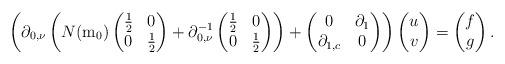
LaTeX: \begin{align*}\left(\partial_{0,\nu}\left(N(\mathrm{m}_{0})\begin{pmatrix}\frac{1}{2} & 0\\0 & \frac{1}{2}\end{pmatrix}+\partial_{0,\nu}^{-1}\begin{pmatrix}\frac{1}{2} & 0\\0 & \frac{1}{2}\end{pmatrix}\right)+\begin{pmatrix}0 & \partial_{1}\\\partial_{1,c} & 0\end{pmatrix}\right)\begin{pmatrix}u\\v\end{pmatrix}=\begin{pmatrix}f\\g\end{pmatrix}.\end{align*}